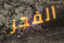
الفجر